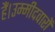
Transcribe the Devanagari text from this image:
हैं।उम्मीदवारों